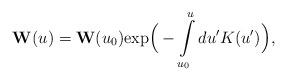
LaTeX: \begin{align*}{\bf W}(u) = {\bf W}(u_0) \mbox{exp}\Big(-\int\limits_{u_0}^u du' K(u')\Big),\end{align*}